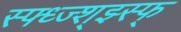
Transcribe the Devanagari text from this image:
स्फ्ध्ज्श्झ्स्फ्